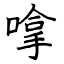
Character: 嗱